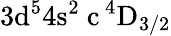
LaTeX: \mathrm{3d^{5}4s^{2}\ c\, ^{4}D_{3/2}}